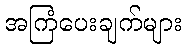
အကြံပေးချက်များ